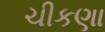
ચીકણા